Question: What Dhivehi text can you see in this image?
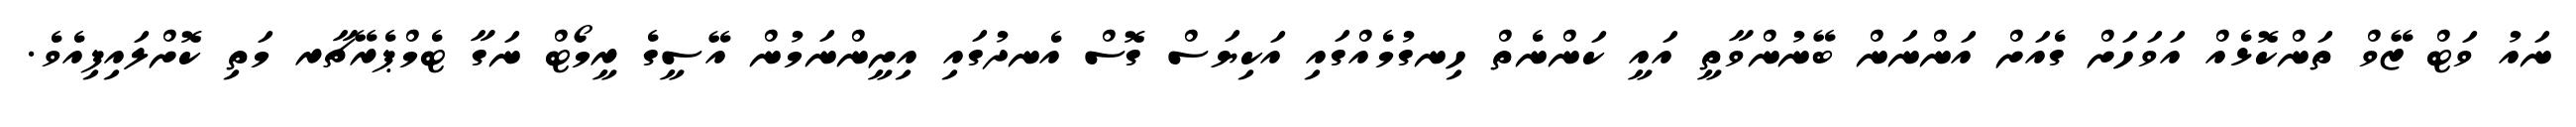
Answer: ނައު ވަޓް ޒޭވް ތަންކޮޅެއް އަވަހަށް ގެއަށް އަންނަން ބޭނުންވާތީ އައީ ކަންނެތް ހިނގުމެއްގައި އަކިޔަސް ގޮސް އެނދުގައި އިށީންނަމުން އޭސީގެ ރީމޯޓް ނަގާ ޓެމްޕެރޭޗާރ މަތި ކޮށްލައިފިއެވެ.